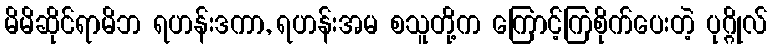
မိမိဆိုင်ရာမိဘ ရဟန်းဒကာ, ရဟန်းအမ စသူတို့က ကြောင့်ကြစိုက်ပေးတဲ့ ပုဂ္ဂိုလ်